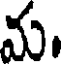
మ.